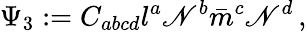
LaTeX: \Psi_{3}:=C_{abcd}l^{a}\mathscr{N}^{b}{\bar{{m}}}^{c}\mathscr{N}^{d}\, ,